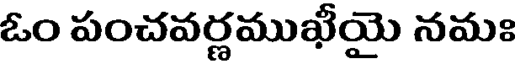
ఓం పంచవర్ణముఖీయై నమః